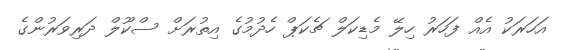
އަހަރަކު އެއް ފަހަރު ހިލޭ މެޑިކަލް ޗެކަޕް ހެދުމުގެ އިތުރަށް ސްކޫލް ދަރިވަރުންގެ